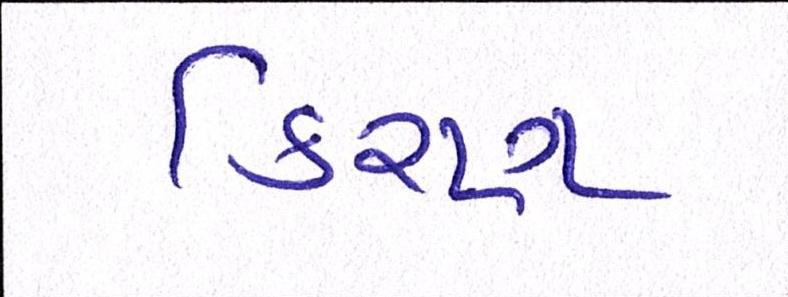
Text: કિરણ